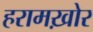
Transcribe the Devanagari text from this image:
हरामख़ोर